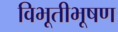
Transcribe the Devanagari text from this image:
विभूतीभूषण